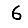
Digit: 6